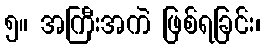
၅။ အကြီးအကဲ ဖြစ်ရခြင်း၊